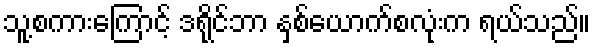
သူ့စကားကြောင့် ဒရိုင်ဘာ နှစ်ယောက်စလုံးက ရယ်သည်။